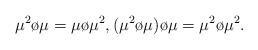
LaTeX: \begin{align*}\mu^{2}\o\mu = \mu\o\mu^{2}, (\mu^{2}\o\mu)\o\mu = \mu^{2}\o\mu^{2}.\end{align*}